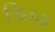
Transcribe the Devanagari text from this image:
त्रितय